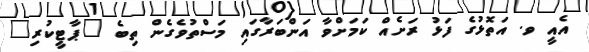
އެއީ ވ. އަތޮޅުގެ ފަޅު ރަށެއް ކަމަށްވާ އަންބަރާގައި މަސްތުވެގެން ތިބެ "ޕާޓީކުރި"